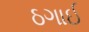
ઠગાઈ